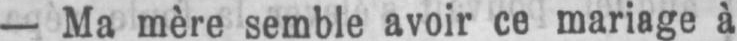
- Ma mère semble avoir ce mariage à